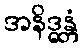
အနိဒ္ဓန္တံ